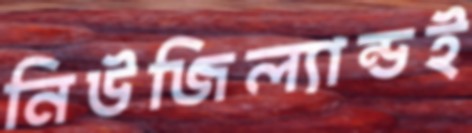
নিউজিল্যান্ডই